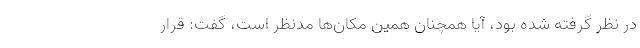
در نظر گرفته شده بود، آیا همچنان همین مکان‌‌ها مدنظر است، گفت: قرار